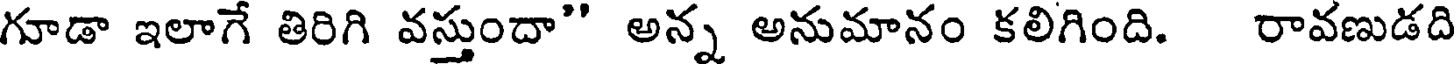
గూడా ఇలాగే తిరిగి వస్తుందా" అన్న అనుమానం కలిగింది. రావణుడది